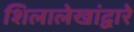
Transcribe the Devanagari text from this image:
शिलालेखांद्वारे